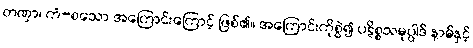
တဏှာ၊ ကံ-စသော အကြောင်းကြောင့် ဖြစ်၏။ အကြောင်းကိုစွဲ၍ ပဋိစ္စသမုပ္ပါဒ် နာမ်နှင့်